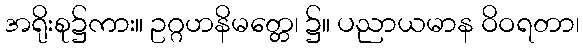
အရိုးစု၌ကား။ ဥဂ္ဂဟနိမတ္တေ၊ ၌။ ပညာယမာန ဝိဝရတာ၊